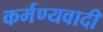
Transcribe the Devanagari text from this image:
कर्मण्यवादी